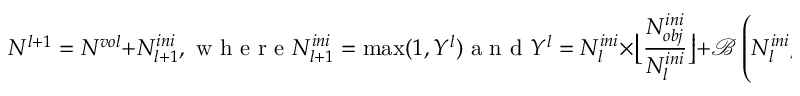
N ^ { l + 1 } = N ^ { v o l } + N _ { l + 1 } ^ { i n i } , \mathrm { ~ w ~ h ~ e ~ r ~ e ~ } N _ { l + 1 } ^ { i n i } = \operatorname* { m a x } ( 1 , Y ^ { l } ) \mathrm { ~ a ~ n ~ d ~ } Y ^ { l } = N _ { l } ^ { i n i } \times \left\lfloor \frac { N _ { o b j } ^ { i n i } } { N _ { l } ^ { i n i } } \right\rfloor + \mathcal { B } \left( N _ { l } ^ { i n i } , \frac { N _ { o b j } ^ { i n i } } { N _ { l } ^ { i n i } } - \left\lfloor \frac { N _ { o b j } ^ { i n i } } { N _ { l } ^ { i n i } } \right\rfloor \right) .